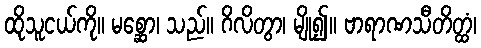
ထိုသူငယ်ကို။ မစ္ဆော၊ သည်။ ဂိလိတွာ၊ မျို၍။ ဗာရာဏသီတိတ္ထံ၊